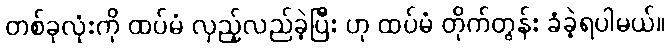
တစ်ခုလုံးကို ထပ်မံ လှည့်လည်ခဲ့ပြီး ဟု ထပ်မံ တိုက်တွန်း ခံခဲ့ရပါမယ်။